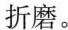
折磨。